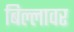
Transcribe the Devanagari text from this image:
बिल्लावर